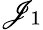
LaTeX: \mathscr{J}_{1}